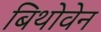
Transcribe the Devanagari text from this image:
बिथोवेन